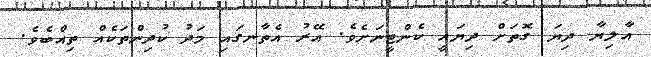
އާލިޔާ ދިޔަ ގޮތަށް ދިޔައީ ކެންޓީނަށެވެ. އޭރު އެތާނގައި މަދު ކުދިންތަކެއް ތިއްބެވެ.